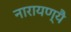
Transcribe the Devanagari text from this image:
नारायण्यै